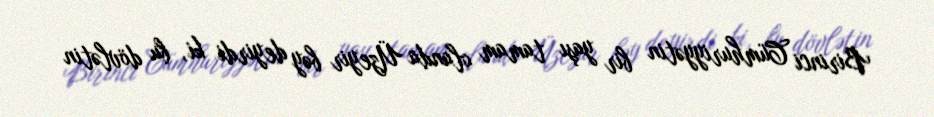
Birinci Cümhuriyyətin bir yaşı tamam olanda Üzeyir bəy deyirdi ki, bu dövlətin